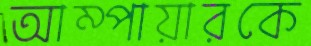
আম্পায়ারকে